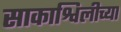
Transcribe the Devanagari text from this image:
साकाश्विलीच्या